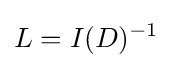
L=I(D)^{-1}